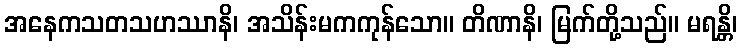
အနေကသတသဟဿာနိ၊ အသိန်းမကကုန်သော။ တိဏာနိ၊ မြက်တို့သည်။ မရန္တိ၊